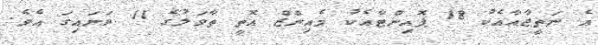
އެ ނަތީޖާއާއެކު 18 ޕޮއިންޓާއެކު މެއިންޒް އޮތީ ތާވަލުގެ 11 ވަނައިގަ އެވެ.